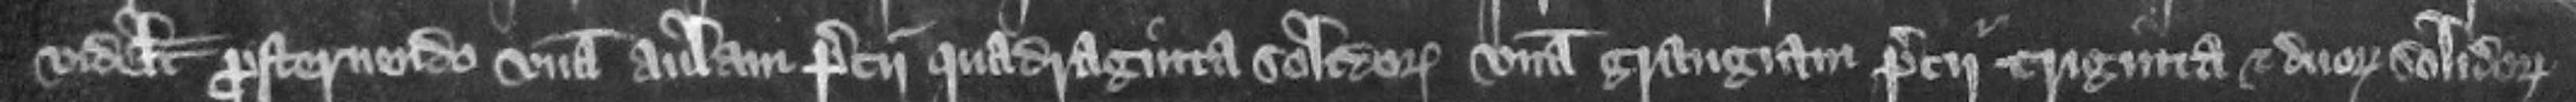
videlicet prosternendo vnam aulam precii quadraginta solidorum vnam grangiam precii triginta et duorum solidorum